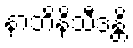
နာဘိနိသီဒန္တိ